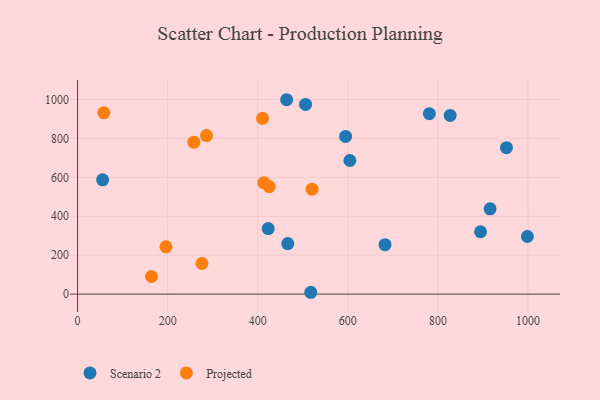
{"axis": {"x": "Engine Size", "y": "Yield"}, "legend": ["Projected", "Scenario 2"], "data": [{"x": "952.3", "y": 752.4, "type": "Scenario 2"}, {"x": "827.3", "y": 917.7, "type": "Scenario 2"}, {"x": "781.1", "y": 927.0, "type": "Scenario 2"}, {"x": "998.7", "y": 295.9, "type": "Scenario 2"}, {"x": "464.2", "y": 998.6, "type": "Scenario 2"}, {"x": "595.1", "y": 809.9, "type": "Scenario 2"}, {"x": "915.9", "y": 438.0, "type": "Scenario 2"}, {"x": "517.8", "y": 9.5, "type": "Scenario 2"}, {"x": "682.6", "y": 253.9, "type": "Scenario 2"}, {"x": "466.7", "y": 259.9, "type": "Scenario 2"}, {"x": "604.6", "y": 686.4, "type": "Scenario 2"}, {"x": "423.3", "y": 336.5, "type": "Scenario 2"}, {"x": "55.6", "y": 587.1, "type": "Scenario 2"}, {"x": "506.2", "y": 974.3, "type": "Scenario 2"}, {"x": "894.7", "y": 320.4, "type": "Scenario 2"}, {"x": "425.6", "y": 552.6, "type": "Projected"}, {"x": "410.7", "y": 903.0, "type": "Projected"}, {"x": "58.2", "y": 931.4, "type": "Projected"}, {"x": "286.4", "y": 814.5, "type": "Projected"}, {"x": "196.2", "y": 242.8, "type": "Projected"}, {"x": "520.6", "y": 539.1, "type": "Projected"}, {"x": "276.1", "y": 157.3, "type": "Projected"}, {"x": "164.0", "y": 90.6, "type": "Projected"}, {"x": "413.5", "y": 572.2, "type": "Projected"}, {"x": "258.2", "y": 780.5, "type": "Projected"}]}